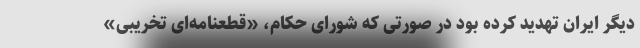
دیگر ایران تهدید کرده بود در صورتی که شورای حکام، «قطعنامه‌ای تخریبی»